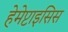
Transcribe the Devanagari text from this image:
हेमेप्टाइसिस